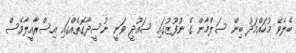
ބެލެވޭ މުހައްމަދު ބިން ސަލްމާން ގެ ނުފޫޒުގައި ސައޫދީ ވަނީ ނުސީދާގޮތެއްގައި އިސްރާއީލާވެސް